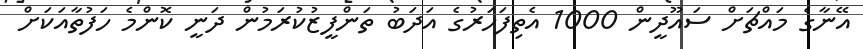
އޭނާގެ މައްޗަށް ސައޫދީން 1000 އެތިފަހަރުގެ އަދަބު ތަންފީޒުކުރަމުން ދަނީ ކޮންމެ ހަފުތާއަކަށް